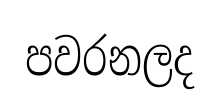
පවරනලද